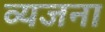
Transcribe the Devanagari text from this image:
व्यजना